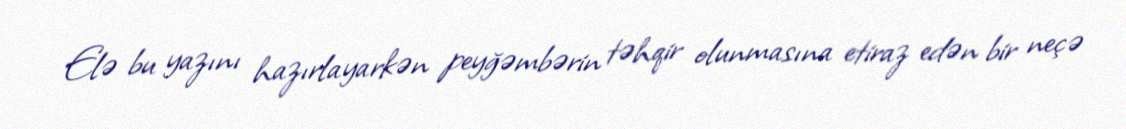
Elə bu yazını hazırlayarkən peyğəmbərin təhqir olunmasına etiraz edən bir neçə